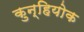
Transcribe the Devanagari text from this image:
कुन्हियोक